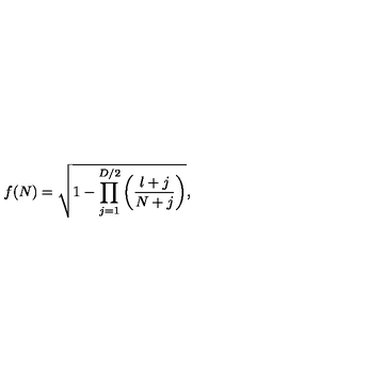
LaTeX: f ( N ) = \sqrt { 1 - \prod _ { j = 1 } ^ { D / 2 } \left( \frac { l + j } { N + j } \right) } ,